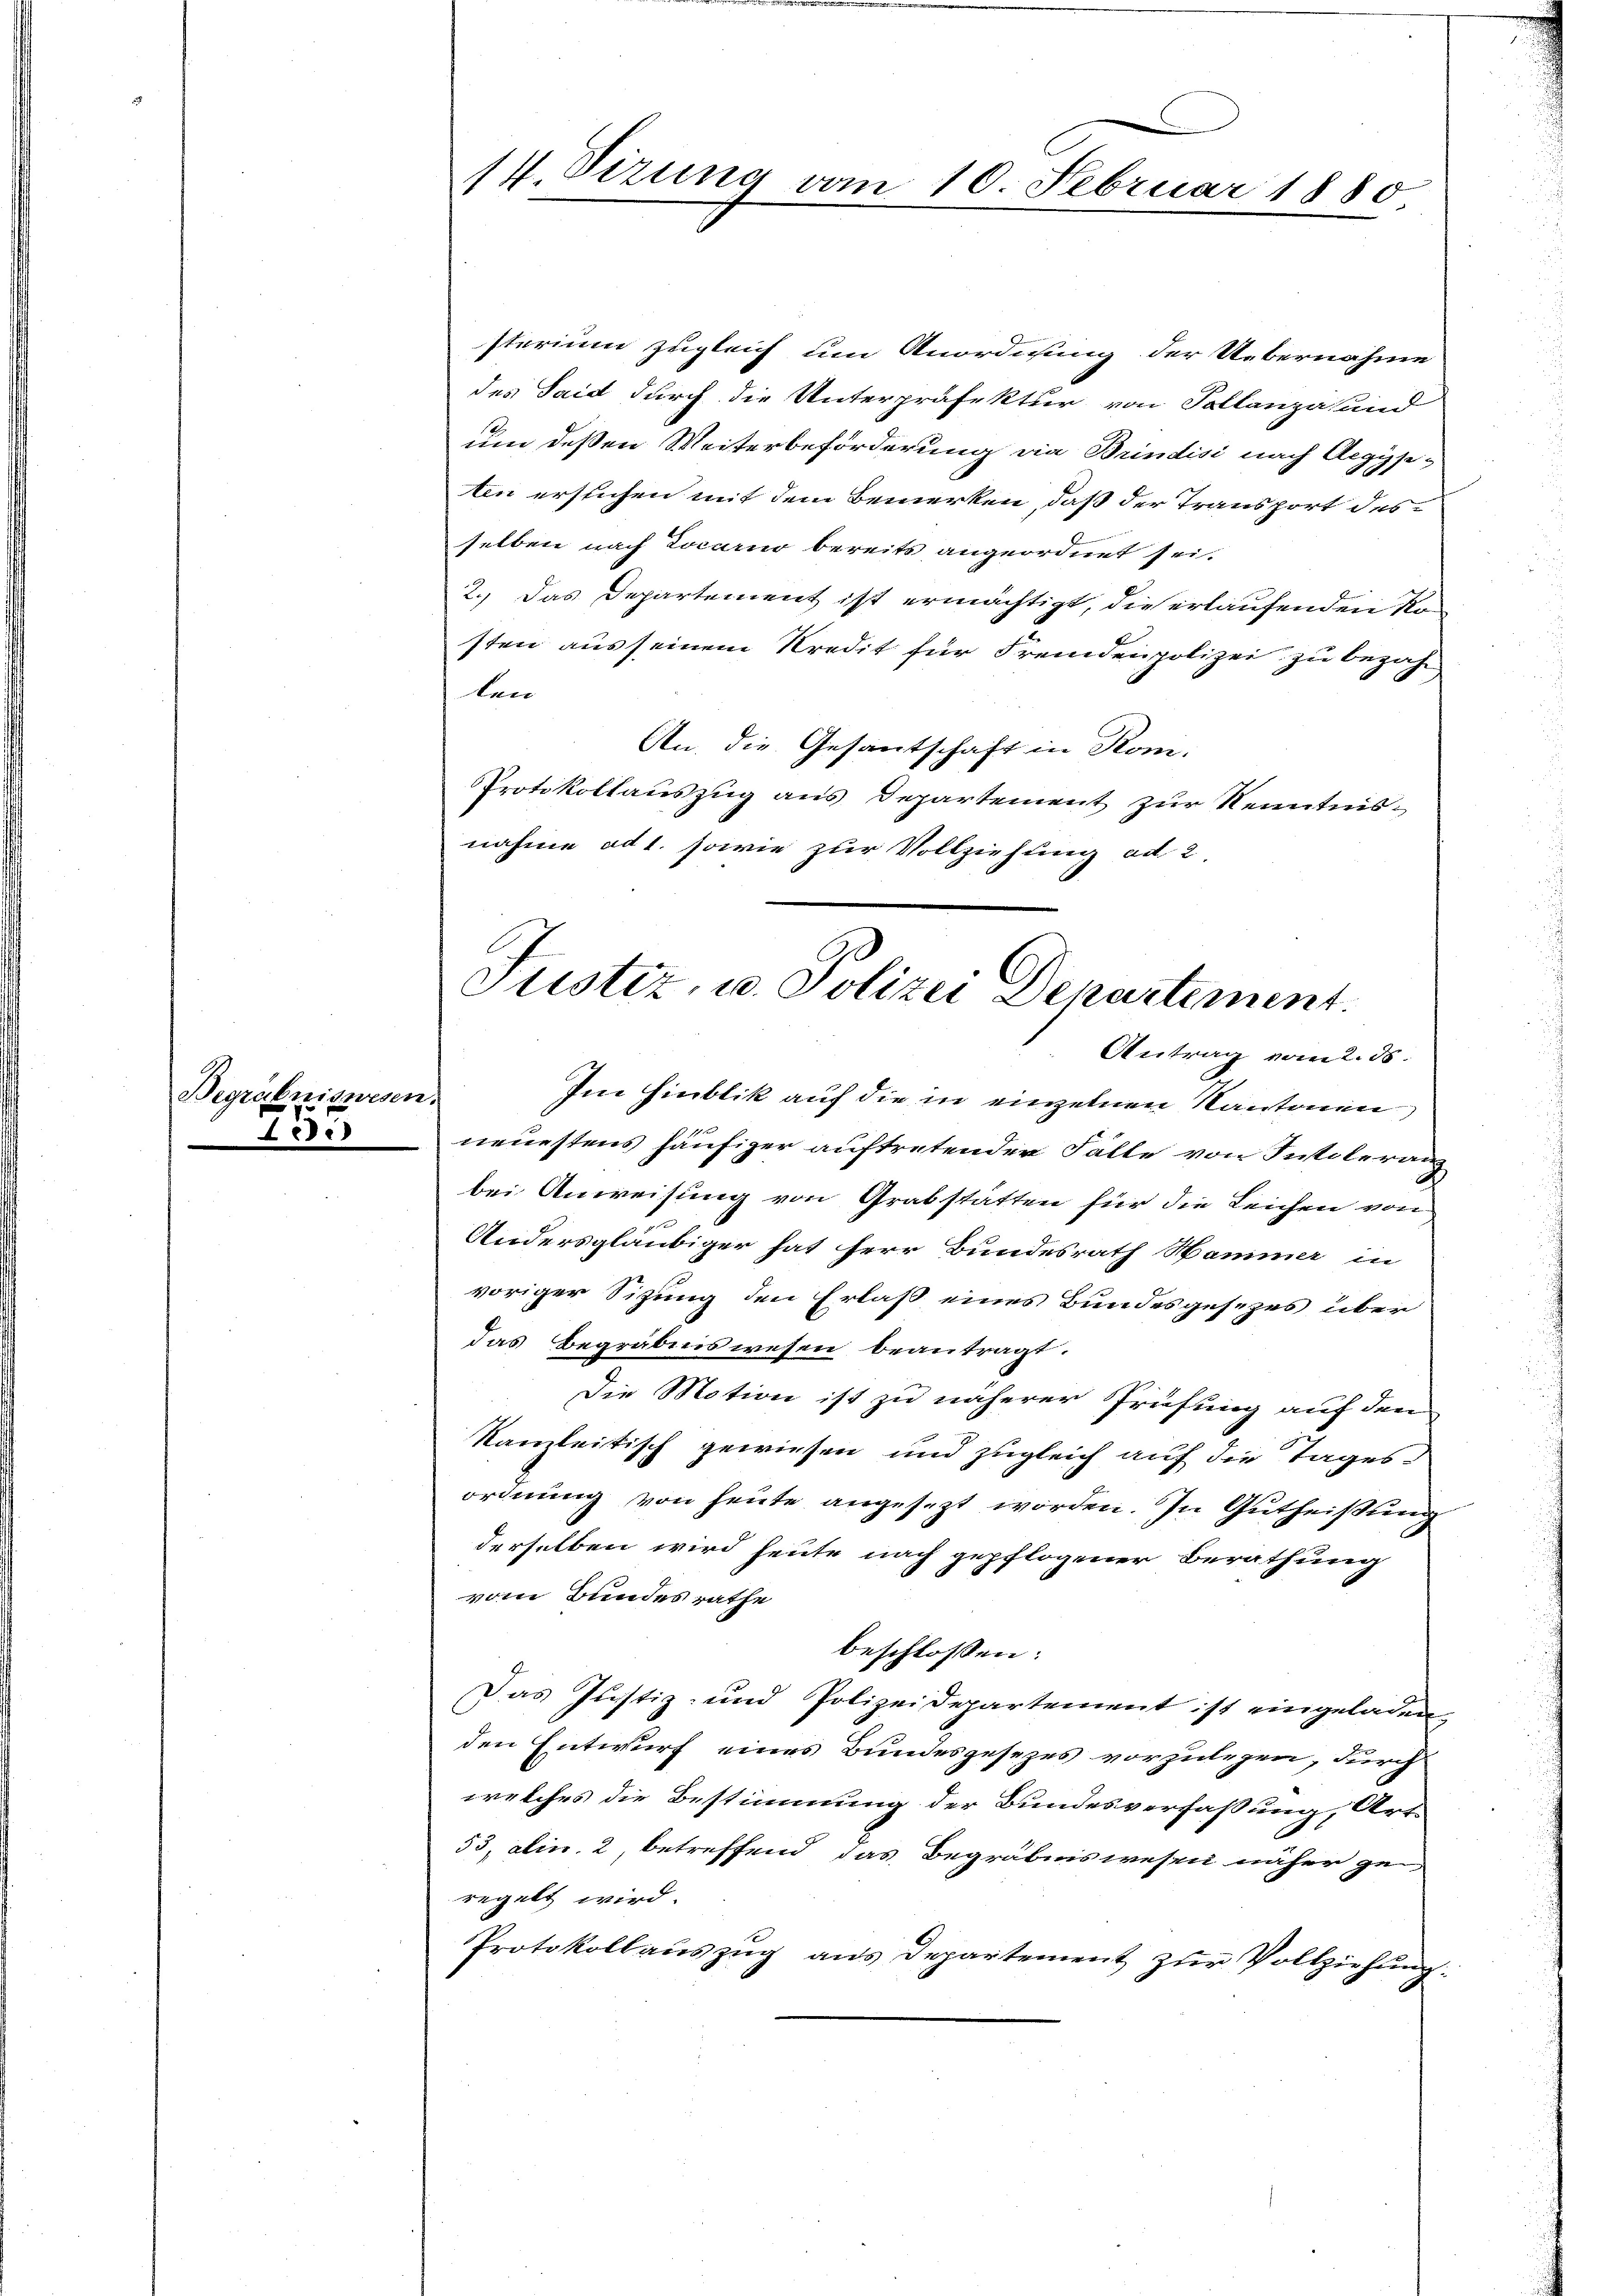
Begräbniswesen.
755

sterium zugleich um Anordnung der Uebernahme
des Said durch die Unterpräfektur von Pollanza hund
um deßen Weiterbeförderung die Brindisi nach Aegyje-
ten erstichen mit dem Bemerken, daß der Transport desselben nach Locario bereits angeordnet sei.
2.) Das Departement ist ermächtigt, die erlaufenden Kosten aus seinem Kredit für Fremdenpolizei zu bezah
len
An die Gesantschaft in Rom.
Protokollauszug aus Departement zur Kenntnisnahme ad 1. sowie zur Vollziehung ad 2

14. Sizung vom 10. Februar 1880

Justiz, u. Polizei Departement.
Antrag vom 2. ds.

Im Hinblik auf die in einzelnen Kantonen
neuestens häufiger auftretender Fälle von Intoleranz
bei Anweisung von Grabstätten für die Leichen von
Andersgläubiger hat herr Bundesrath Hammer in
voriger Sitzung den Erlaß eines Bundesgesezes über
das Begräbenswesen beantragt.
Die Motion ist zu näherer Prüfung auf dem
kanzleitisch gewiesen und zugleich auf die Tages-
ordnung von heute angesezt worden. In Gutheißung
derselben wird heute nach gepflogener Berathung
vom Bundesrathe
beschlossen:
Das Justiz- und Polizeidepartement ist eingeladen,
den Entwurf eines Bundesgesezes vorzulegen, durch
welches die Bestimmung der Bundesverfassung, Art.
53, alin. 2, betreffend das Begräbniswesen näher ge
regelt wird.
Protokollaŭszŭg ans Departement zŭr Vollziehŭng: